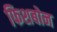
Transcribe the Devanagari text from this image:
फिशबोन